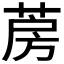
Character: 𦲏